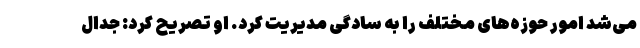
می‌شد امور حوزه‌های مختلف را به سادگی مدیریت کرد. او تصریح کرد:‌ جدال